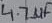
Text: 4.7µF